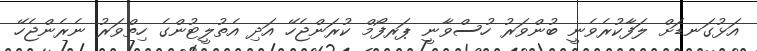
އަޅުގަނޑަށް ލަފާކުރެވެނީ ބުންވަރު ހުސްވާނީ ޕަރފޯމް ކުރަންޖެހޭ އަދި އެތުލީޓުންގެ ހިތްވަރު ނެރެންޖެހޭ